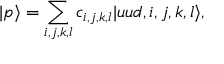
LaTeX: | p \rangle = \sum _ { i , j , k , l } c _ { i , j , k , l } | u u d , i , j , k , l \rangle ,